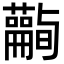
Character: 𧄪